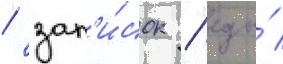
/ зап'и́сок / еды́